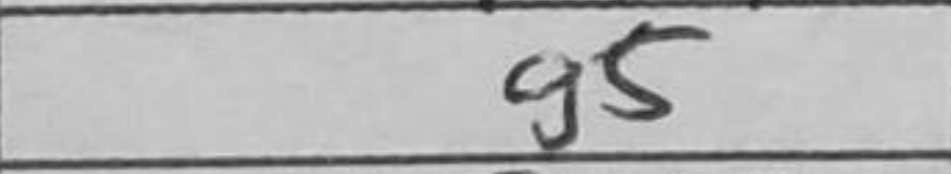
Transcription: g5